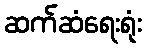
ဆက်ဆံရေးရုံး